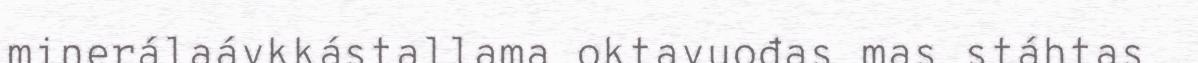
minerálaávkkástallama oktavuođas mas stáhtas